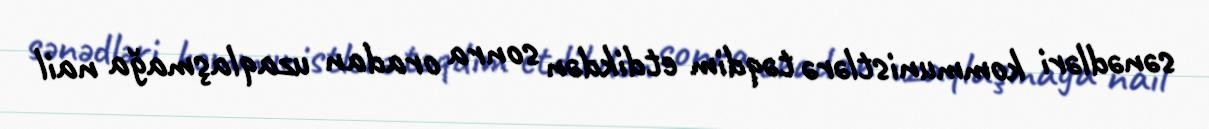
sənədləri kommunistlərə təqdim etdikdən sonra oradan uzaqlaşmağa nail